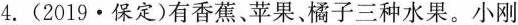
4.(2019\cdot保定)有香蕉、苹果、橘子三种水果。小刚